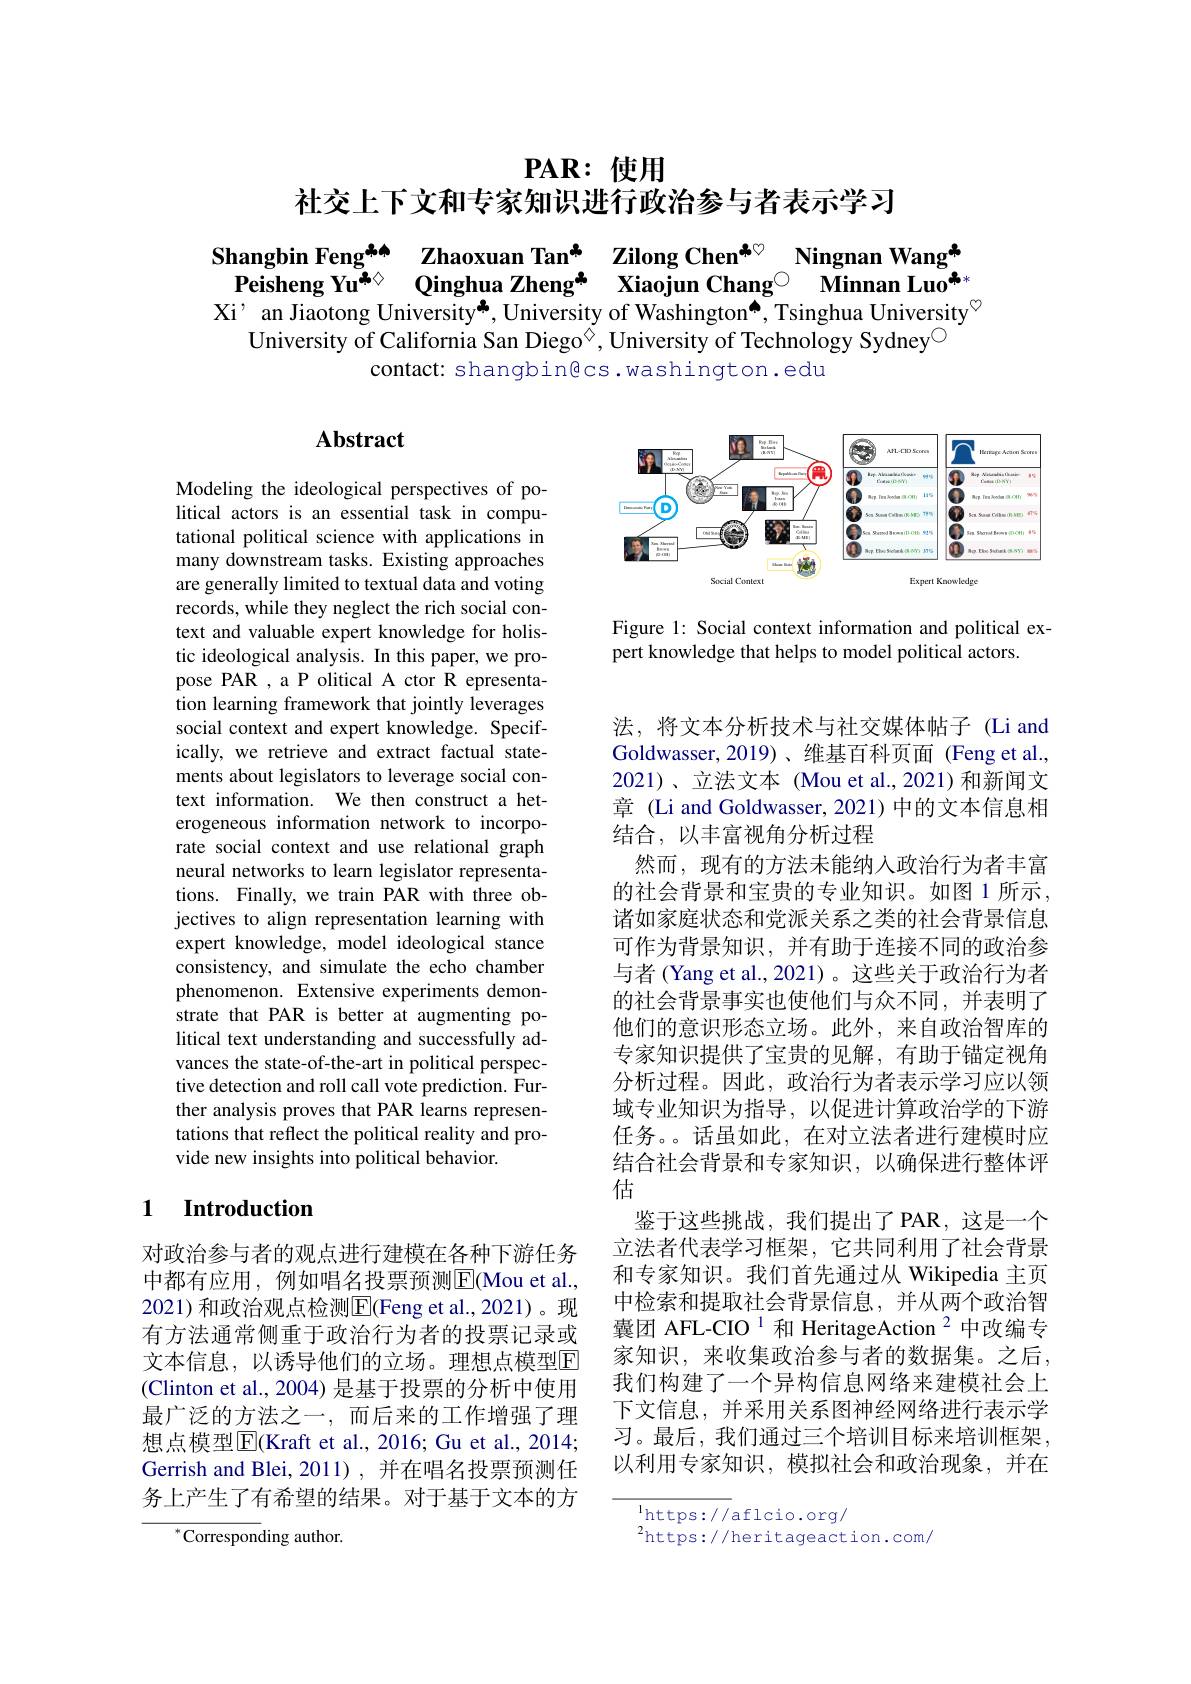
$\mathbf{PAR}:$使用

社交上下文和专家知识进行政治参与者表示学习

Shangbin Feng$^{\pm\wedge}$ Zhaoxuan Tan$^{\star}$ Zilong Chen$^{*\circ}$ Ningnan Wang$^{\star}$Peisheng Yu$^{\star\times}$ Qinghua Zheng$^{\star}$ Xiaojun Chang$^{\circ}$ Minnan Luo$^{\star}$
Xi’ an Jiaotong University*, University of Washington^, Tsinghua University$^{\circ}$
University of California San Diego$^{\textcircled{\mathrm{o}}}$, University of Technology Sydney$^{\textcircled{\mathrm{o}}}$
contact: shangbin@cs.washington.edu

## Abstract

<FigureHere>

Figure 1: Social context information and political ex-
pert knowledge that helps to model political actors.

Modeling the ideological perspectives of political actors is an essential task in computational political science with applications in many downstream tasks. Existing approaches are generally limited to textual data and voting records, while they neglect the rich social context and valuable expert knowledge for holistic ideological analysis. In this paper, we propose PAR , a P olitical A ctor R epresentation learning framework that jointly leverages social context and expert knowledge. Specifically, we retrieve and extract factual statements about legislators to leverage social context information. We then construct a heterogeneous information network to incorporate social context and use relational graph neural networks to learn legislator representations. Finally, we train PAR with three objectives to align representation learning with expert knowledge, model ideological stance consistency, and simulate the echo chamber phenomenon. Extensive experiments demonstrate that PAR is better at augmenting political text understanding and successfully advances the state-of-the-art in political perspective detection and roll call vote prediction. Further analysis proves that PAR learns representations that reflect the political reality and provide new insights into political behavior.

法，将文本分析技术与社交媒体帖子(Li and Goldwasser,2019)、维基百科页面(Feng et al., 2021)、立法文本 (Mou et al.,2021)和新闻文章 (Li and Goldwasser, 2021) 中的文本信息相结合，以丰富视角分析过程
然而，现有的方法未能纳入政治行为者丰富的社会背景和宝贵的专业知识。如图 1 所示， 诸如家庭状态和党派关系之类的社会背景信息可作为背景知识，并有助于连接不同的政治参与者 (Yang et al., 2021)。这些关于政治行为者的社会背景事实也使他们与众不同，并表明了他们的意识形态立场。此外，来自政治智库的专家知识提供了宝贵的见解，有助于锚定视角分析过程。因此，政治行为者表示学习应以领域专业知识为指导，以促进计算政治学的下游任务。。话虽如此，在对立法者进行建模时应结合社会背景和专家知识，以确保进行整体评估
鉴于这些挑战，我们提出了PAR，这是一个立法者代表学习框架，它共同利用了社会背景和专家知识。我们首先通过从 Wikipedia 主页中检索和提取社会背景信息，并从两个政治智囊团 AFL-CIO $^{1}$和 HeritageAction$^{2}$中改编专家知识，来收集政治参与者的数据集。之后， 我们构建了一个异构信息网络来建模社会上下文信息，并采用关系图神经网络进行表示学习。最后，我们通过三个培训目标来培训框架， 以利用专家知识，模拟社会和政治现象，并在

## 1 Introduction

对政治参与者的观点进行建模在各种下游任务中都有应用，例如唱名投票预测$\overline{\mathrm{E}}($Mou et al., 2021)和政治观点检测$\overline{\mathrm{E}}$(Feng et al.,2021)。现有方法通常侧重于政治行为者的投票记录或文本信息，以诱导他们的立场。理想点模型E (Clinton et al., 2004) 是基于投票的分析中使用最广泛的方法之一，而后来的工作增强了理想点模型$\overline{\mathrm{E}}$(Kraft et al., 2016; Gu et al., 2014; Gerrish and Blei, 2011) , 并在唱名投票预测任务上产生了有希望的结果。对于基于文本的方

$\overset{\mathrm{l}}{\operatorname*{\operatorname*{https://}}}$aflcio.org/
$^{2}$https://heritageaction.com/

$^{*}$Corresponding author.